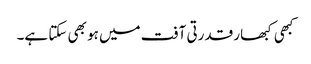
کبھی کبھار قدرتی آفت میں ہو بھی سکتا ہے۔